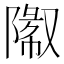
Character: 𬯓